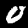
Digit: 0